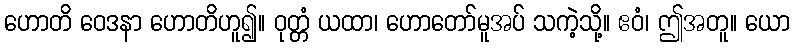
ဟောတိ ဝေဒနာ ဟောတိဟူ၍။ ဝုတ္တံ ယထာ၊ ဟောတော်မူအပ် သကဲ့သို့။ ဧဝံ၊ ဤအတူ။ ယော